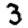
Digit: 3